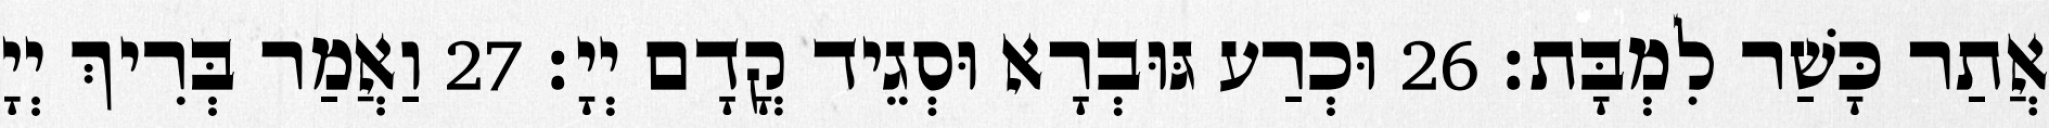
אֲתַר כָּשַׁר לִמְבָּת׃ 26 וּכְרַע גּוּבְרָא וּסְגֵיד קֳדָם יְיָ׃ 27 וַאֲמַר בְּרִיךְ יְיָ